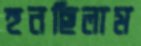
হুনছিলাম